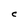
Character: C